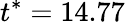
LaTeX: t^{*}=14.77